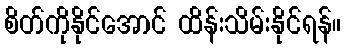
စိတ်ကိုနိုင်အောင် ထိန်းသိမ်းနိုင်ရန်။